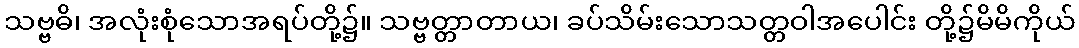
သဗ္ဗဓိ၊ အလုံးစုံသောအရပ်တို့၌။ သဗ္ဗတ္တာတာယ၊ ခပ်သိမ်းသောသတ္တဝါအပေါင်း တို့၌မိမိကိုယ်